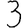
Digit: 3